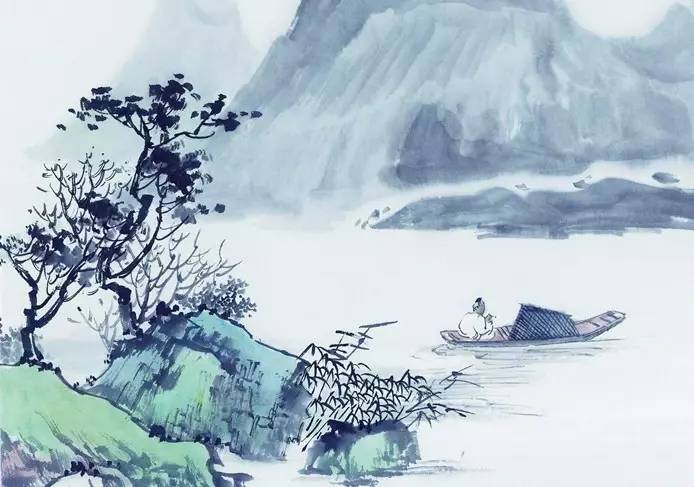
茅檐低小，溪上青青草。